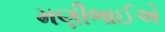
મણીભાઈએ